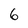
Character: 6